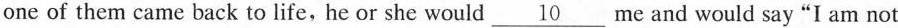
one of them came back to life,he or she would \underline{10}me and would say "I am not